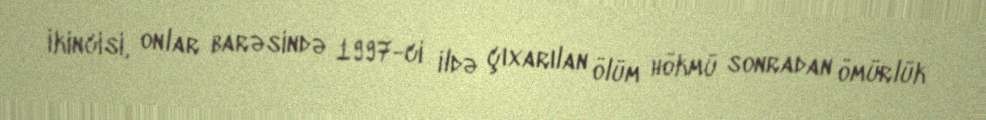
İkincisi, onlar barəsində 1997-ci ildə çıxarılan ölüm hökmü sonradan ömürlük